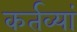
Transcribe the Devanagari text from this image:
कर्तव्यां